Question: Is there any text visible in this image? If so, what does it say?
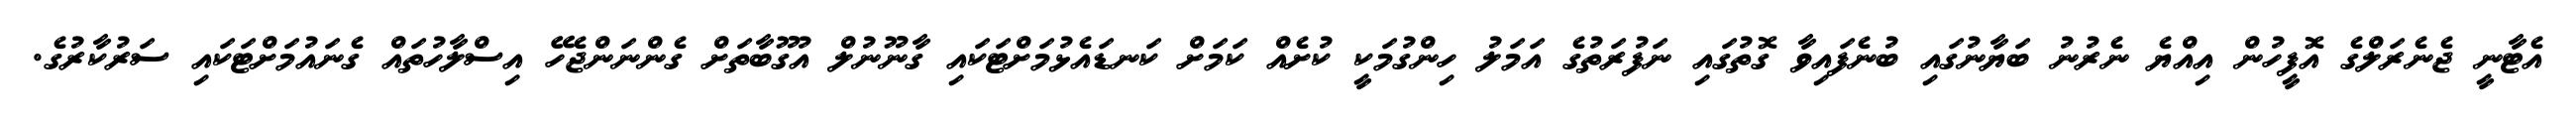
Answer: އެޓާނީ ޖެނެރަލްގެ އޮފީހުން އިއްޔެ ނެރުނު ބަޔާނުގައި ބުނެފައިވާ ގޮތުގައި ނަފުރަތުގެ އަމަލު ހިންގުމަކީ ކުށެއް ކަމަށް ކަނޑައެޅުމަށްޓަކައި ގާނޫނުލް އުގޫބާތަށް ގެންނަންޖެހޭ އިސްލާހުތައް ގެނައުމަށްޓަކައި ސަރުކާރުގެ.